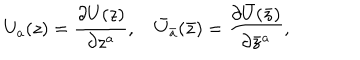
LaTeX: U _ { a } ( z ) = \frac { \partial U ( z ) } { \partial z ^ { a } } , \quad { \bar { U } } _ { \bar { a } } ( \bar { z } ) = \frac { \partial { \bar { U } } ( { \bar { z } } ) } { \partial { \bar { z } } ^ { a } } ,